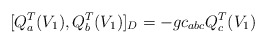
\begin{align*}[Q_{a}^{T}(V_{1}), Q_{b}^{T}(V_{1})]_{D} = -g c_{abc} Q_{c}^{T}(V_{1}) \end{align*}